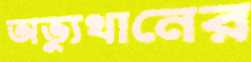
অভ্যুথানের